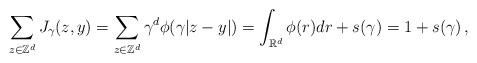
LaTeX: \begin{align*}\sum_{z \in \mathbb{Z}^d} J_\gamma(z,y) = \sum_{z \in \mathbb{Z}^d} \gamma^d \phi(\gamma |z-y|) =\int_{\mathbb{R}^d} \phi(r) dr +s(\gamma)=1+s(\gamma) \,,\end{align*}